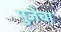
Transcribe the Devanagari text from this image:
पुजेचा